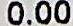
0.00